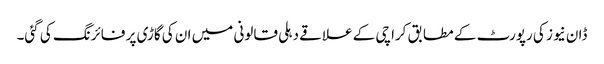
ڈان نیوز کی رپورٹ کے مطابق کراچی کے علاقے دہلی قالونی میں ان کی گاڑی پر فائرنگ کی گئی۔